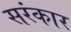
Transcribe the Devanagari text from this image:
सरंकार